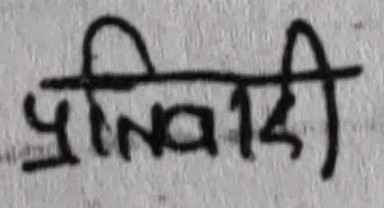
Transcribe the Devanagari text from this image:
प्रतिवादी